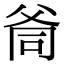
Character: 㸗